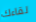
لقاءك